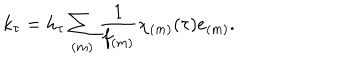
LaTeX: k _ { \tau } = h _ { \tau } \sum _ { ( m ) } \frac { 1 } { f _ { ( m ) } } \chi _ { ( m ) } ( \tau ) e _ { ( m ) } .